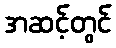
အဆင့်တွင်